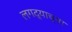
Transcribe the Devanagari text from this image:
लगद्याच्या